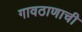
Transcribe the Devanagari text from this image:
गावठाणाची